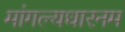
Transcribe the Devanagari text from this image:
मांगल्यधारनम